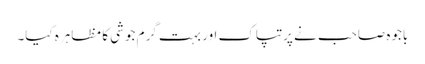
باجوہ صاحب نے پرتپاک اور بہت گرم جوشی کا مظاہرہ کیا۔